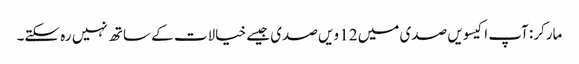
مارکر: آپ اکیسویں صدی میں 12 ویں صدی جیسے خیالات کے ساتھ نہیں رہ سکتے۔